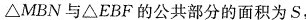
\triangle MBN与\triangle EBF的公共部分的面积为S，